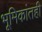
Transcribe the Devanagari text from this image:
भूमिकांतही